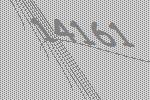
14161